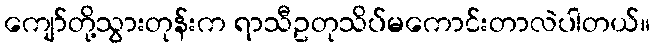
ကျော်တို့သွားတုန်းက ရာသီဥတုသိပ်မကောင်းတာလဲပါတယ်။